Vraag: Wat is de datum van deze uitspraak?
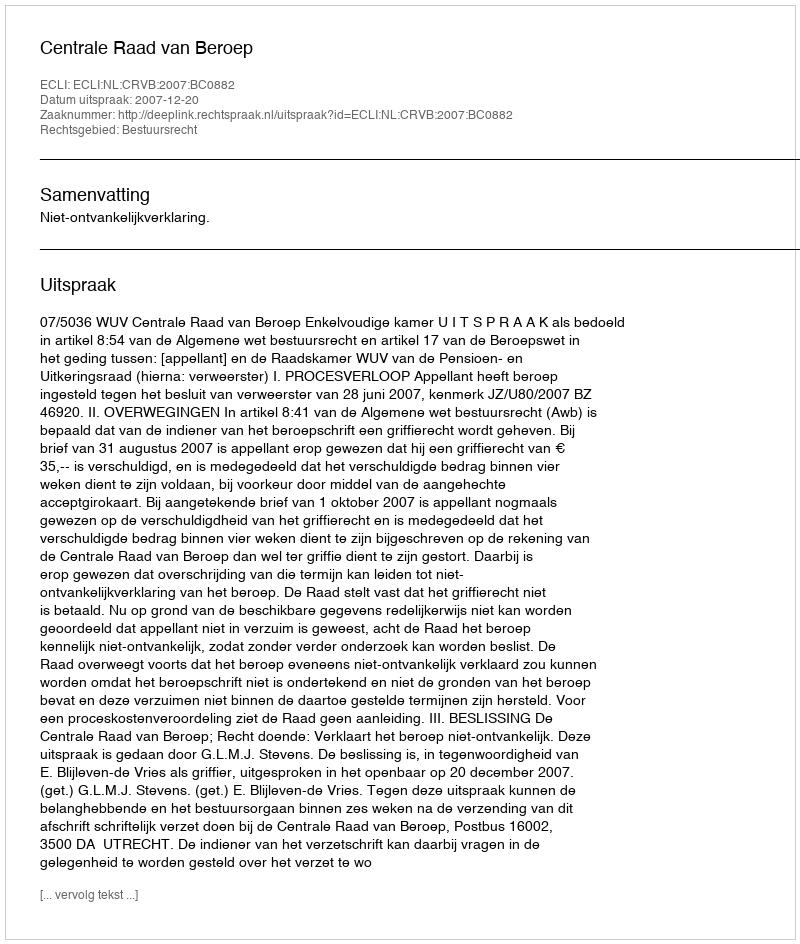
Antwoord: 2007-12-20